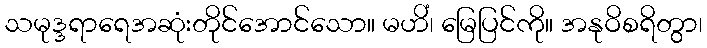
သမုဒ္ဒရာရေအဆုံးတိုင်အောင်သော။ မဟိံ၊ မြေပြင်ကို။ အနုဝိစရိတွာ၊